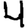
Digit: 4